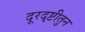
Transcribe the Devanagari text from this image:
दूरदृष्टीतुन